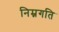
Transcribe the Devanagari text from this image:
निम्नगति